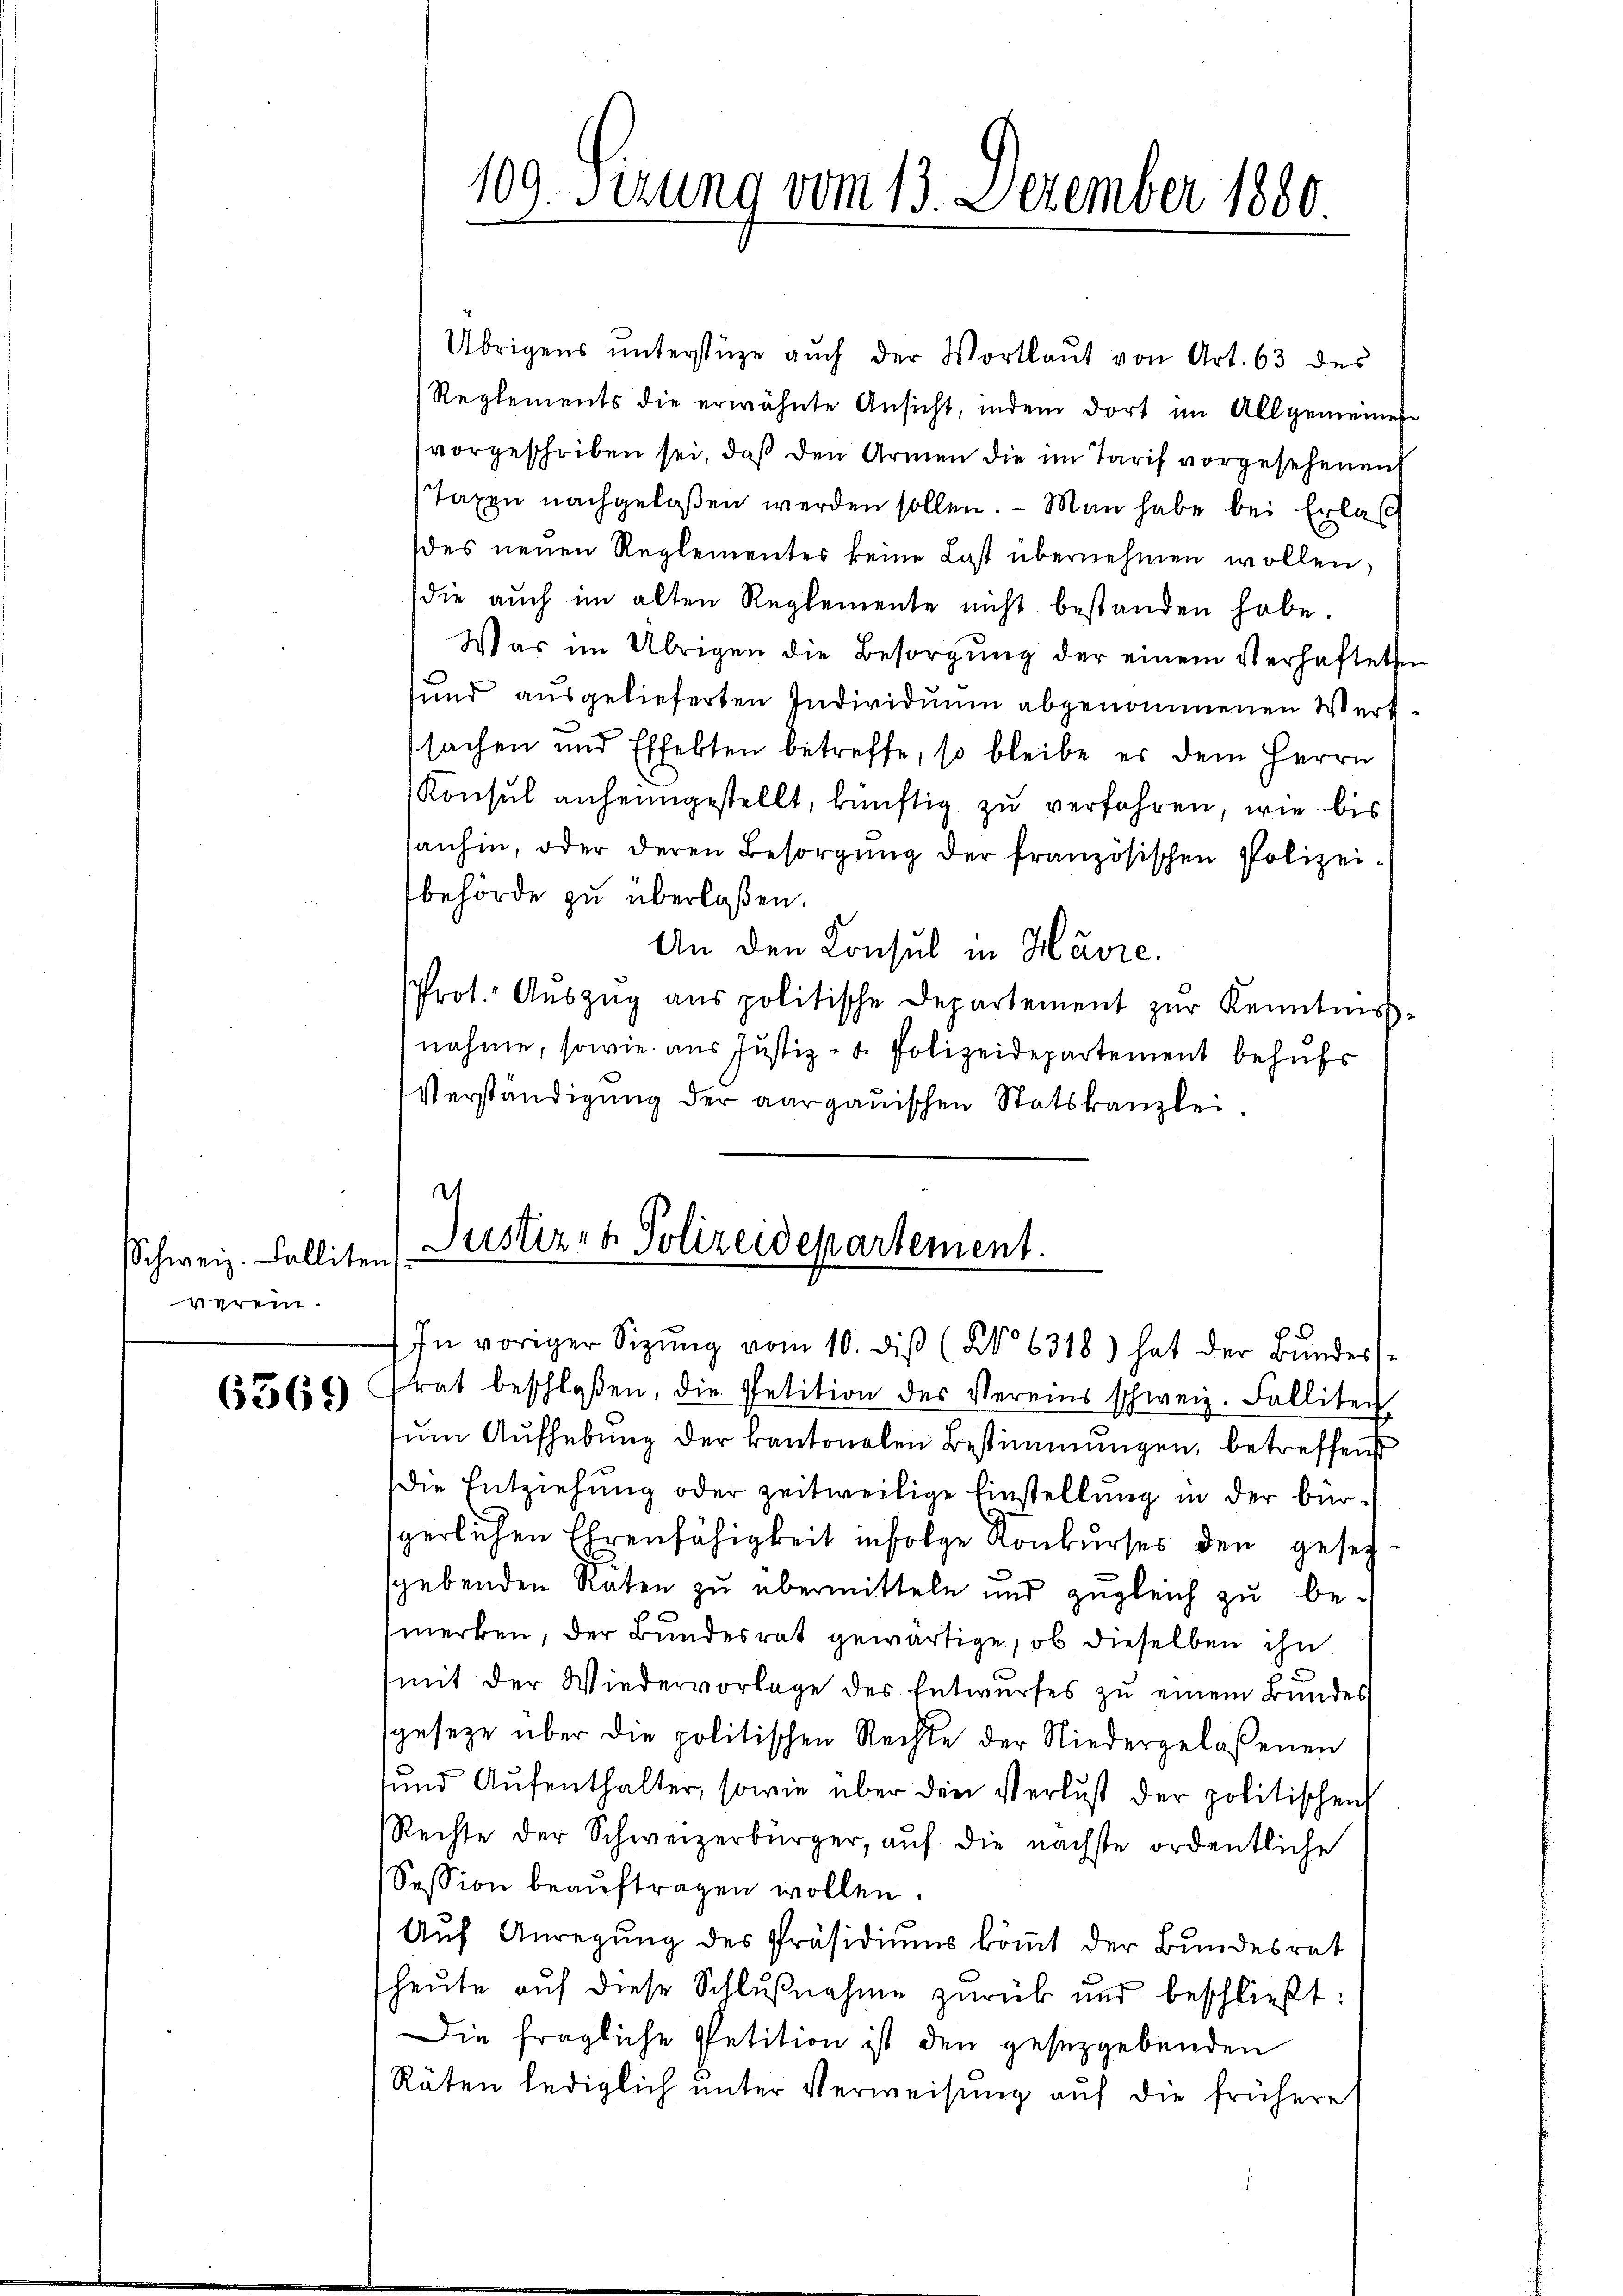
Schweiz. Palliten
verein.

6369)

Justiz- & Polizeidepartement.

109. Sirung vom 13. Dezember 1880

Übrigens unterstüze auch der Wortlaut von Art. 63 des
Reglements die erwähnte Ansicht, indem dort im Allgemeinen
vorgeschriben sei, daß den Armen die im Tarif vorgesehenen
Taxen nachgelaßen werden sollen. — Man habe bei Erlas
des neuen Reglementes keine Last übernehmen wollen,
die auch im alten Reglemente nicht bestanden habe.
Was im Übrigen die Besorgung der einem Verhafteten
sund ausgelieferten Individuum abgenommenen Werksachen und Effekten betreffe, so bleibe er dem Herrn
Konsul anheimgestellt, künftig zu verfahren, wie bis
sanhin, oder deren Besorgung der französischen Polizeibehörde zu überlaßen.
An den Konsul in Havre.
Prot. Aŭszŭg aŭs politische Departement zŭr Kenntniss
nahme, sowie aus Justiz- u. Polizeidepartement behufs
Verständigung der aargauischen Statskanzlei.
d

In voriger Sitzŭng vom 10. diβ (No 6318) hat der Bŭndess
rat beschloßen, die Petition des Vereins schweiz. Falliten
sum Aufhebung der kantonalen Bestimmungen, betreffend
die Entziehung oder zeitweilige Einstellung in der bürgerlichen Ehrenfähigkeit infolge Konkurses den gesehsgebenden Raten zu übermitteln und zugleich zu be-
merken, der Bundesrat gewärtige, ob dieselben ihn
mit der Wiedervorlage des Entwŭrfes zŭ einem Bundes
geseze über die politischen Rechte der Niedergelaßenen
sund Aufenthalter, sowie über den Verlust der politischen
Rechte der Schweizerbürger, auf die nächste ordentliche
Session beauftragen wollen.
Auf Anregung des Präsidiums kömmt der Bundesrat
heŭte aŭf diese Schlŭβnahme zurück und beschließt:
Die fragliche Petition ist den gesetzgebenden
Räten lediglich unter Verweisung auf die frühere